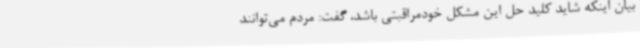
بیان اینکه شاید کلید حل این مشکل خودمراقبتی باشد، گفت: مردم می‌توانند